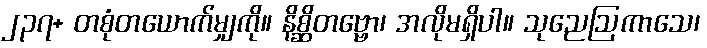
၂၃၇+ တစုံတယောက်မျှကို။ နိစ္ဆိတဗ္ဗော၊ အလိုမရှိပါ။ သုညေဩကာသေ၊